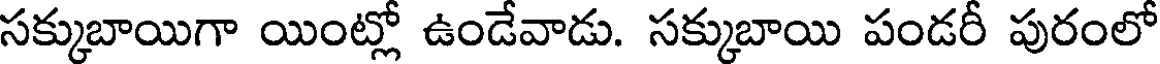
సక్కుబాయిగా యింట్లో ఉండేవాడు. సక్కుబాయి పండరీ పురంలో